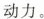
动力。